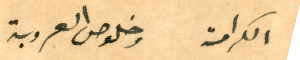
الكرامة وخلوص العروبة